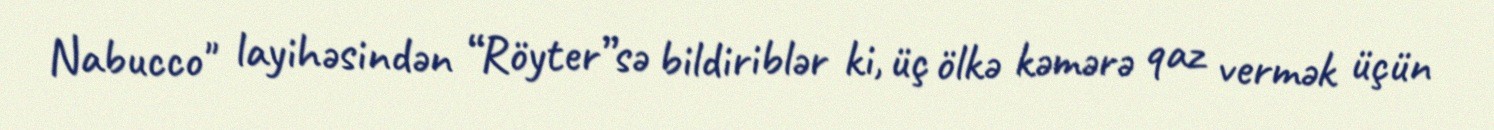
Nabucco" layihəsindən “Röyter”sə bildiriblər ki, üç ölkə kəmərə qaz vermək üçün